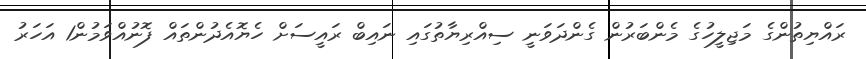
ރައްޔިތުންގެ މަޖިލީހުގެ މެންބަރުން ގެންދަވަނީ ސިއްރިޔާތުގައި ނައިބް ރައީސަށް ހެޔޮއެދުންތައް ފޮނުއްވަމުން1 އަހަރު